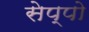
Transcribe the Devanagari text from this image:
सेप्पो